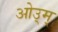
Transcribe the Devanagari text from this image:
ओउ्म्